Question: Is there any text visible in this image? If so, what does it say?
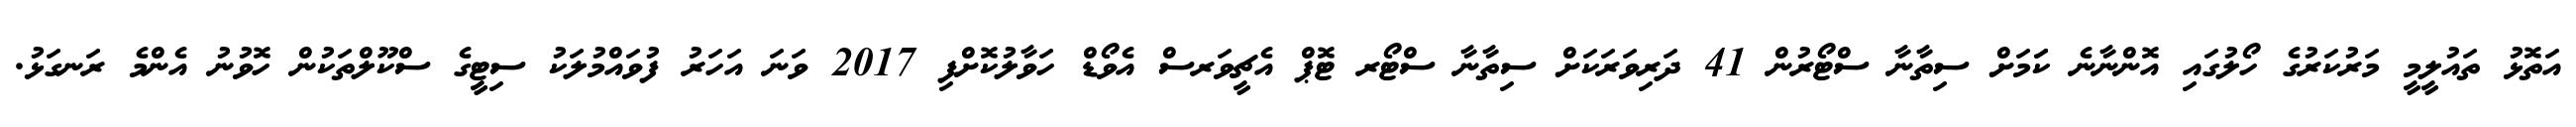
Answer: އަތޮޅު ތައުލީމީ މަރުކަރުގެ ހޯލުގައި އޮންނާނެ ކަަމަށް ސިތާނާ ސްޓޯރުން 41 ދަރިވަރަކަށް ސިތާނާ ސްޓޯރ ޓޮޕް އެޗީވަރސް އެވޯޑް ހަވާލުކޮށްފި 2017 ވަނަ އަހަރު ފުވައްމުލަކު ސިޓީގެ ސްކޫލްތަކުން ހޮވުނު އެންމެ ރަނގަޅު.